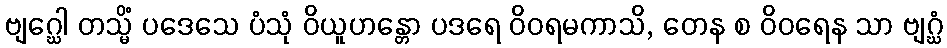
ဗျဂ္ဃေါ တသ္မိံ ပဒေသေ ပံသုံ ဝိယူဟန္တော ပဒရေ ဝိဝရမကာသိ, တေန စ ဝိဝရေန သာ ဗျဂ္ဃံ